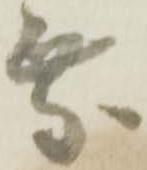
乗